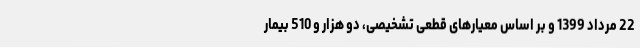
22 مرداد 1399 و بر اساس معیارهای قطعی تشخیصی، دو هزار و 510 بیمار